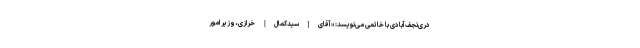
دری‌نجف‌آبادی با خاتمی می‌نویسد: «آقاى [سیدکمال] خرازى، وزیر امور